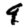
Digit: 9